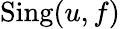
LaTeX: \operatorname{Sing}(u,f)